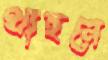
থাহনে